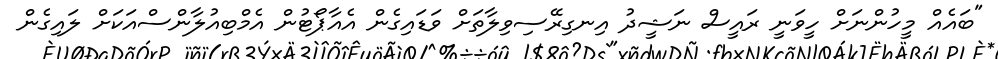
"ބައެއް މީހުންނަށް ހީވަނީ ރައީސް ނަޝީދު އިނގިރޭސިވިލާތަށް ވަޑައިގެން އެއާޕޯޓުން އެމްބިއުލާންސްއަކަށް ލައިގެން